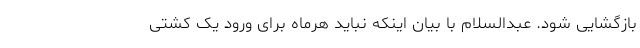
بازگشایی شود. عبدالسلام با بیان اینکه نباید هرماه برای ورود یک کشتی